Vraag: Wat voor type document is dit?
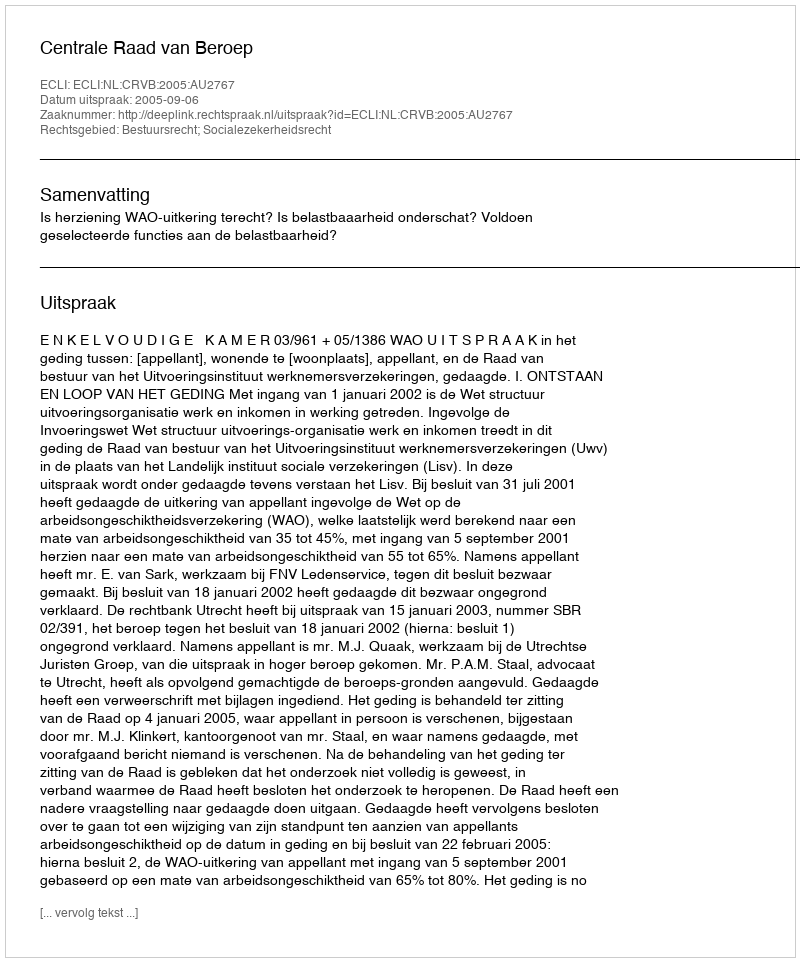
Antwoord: Uitspraak